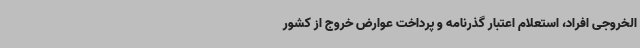
الخروجی افراد، استعلام اعتبار گذرنامه و پرداخت عوارض خروج از کشور